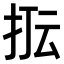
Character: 𭠢